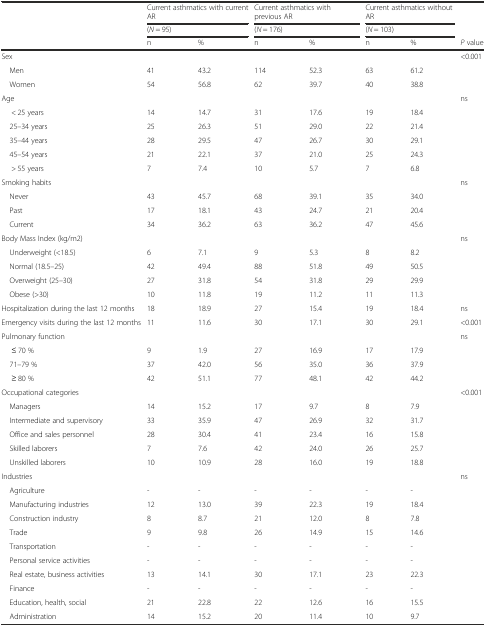
<table><thead><tr><td rowspan="2"></td><td colspan="2"><b>Current asthmatics with current AR</b></td><td colspan="2"><b>Current asthmatics with previous AR</b></td><td colspan="2"><b>Current asthmatics without AR</b></td><td rowspan="2"></td></tr><tr><td colspan="2"><b>(<i>N</i> = 95)</b></td><td colspan="2"><b>(<i>N</i> = 176)</b></td><td colspan="2"><b>(<i>N</i> = 103)</b></td></tr><tr><td></td><td><b>n</b></td><td><b>%</b></td><td><b>n</b></td><td><b>%</b></td><td><b>n</b></td><td><b>%</b></td><td><b><i>P</i> value</b></td></tr></thead><tbody><tr><td>Sex</td><td></td><td></td><td></td><td></td><td></td><td></td><td>&lt;0.001</td></tr><tr><td> Men</td><td>41</td><td>43.2</td><td>114</td><td>52.3</td><td>63</td><td>61.2</td><td></td></tr><tr><td> Women</td><td>54</td><td>56.8</td><td>62</td><td>39.7</td><td>40</td><td>38.8</td><td></td></tr><tr><td>Age</td><td></td><td></td><td></td><td></td><td></td><td></td><td>ns</td></tr><tr><td>&lt; 25 years</td><td>14</td><td>14.7</td><td>31</td><td>17.6</td><td>19</td><td>18.4</td><td></td></tr><tr><td> 25–34 years</td><td>25</td><td>26.3</td><td>51</td><td>29.0</td><td>22</td><td>21.4</td><td></td></tr><tr><td> 35–44 years</td><td>28</td><td>29.5</td><td>47</td><td>26.7</td><td>30</td><td>29.1</td><td></td></tr><tr><td> 45–54 years</td><td>21</td><td>22.1</td><td>37</td><td>21.0</td><td>25</td><td>24.3</td><td></td></tr><tr><td>&gt; 55 years</td><td>7</td><td>7.4</td><td>10</td><td>5.7</td><td>7</td><td>6.8</td><td></td></tr><tr><td>Smoking habits</td><td></td><td></td><td></td><td></td><td></td><td></td><td>ns</td></tr><tr><td> Never</td><td>43</td><td>45.7</td><td>68</td><td>39.1</td><td>35</td><td>34.0</td><td></td></tr><tr><td> Past</td><td>17</td><td>18.1</td><td>43</td><td>24.7</td><td>21</td><td>20.4</td><td></td></tr><tr><td> Current</td><td>34</td><td>36.2</td><td>63</td><td>36.2</td><td>47</td><td>45.6</td><td></td></tr><tr><td>Body Mass Index (kg/m2)</td><td></td><td></td><td></td><td></td><td></td><td></td><td>ns</td></tr><tr><td> Underweight (&lt;18.5)</td><td>6</td><td>7.1</td><td>9</td><td>5.3</td><td>8</td><td>8.2</td><td></td></tr><tr><td> Normal (18.5–25)</td><td>42</td><td>49.4</td><td>88</td><td>51.8</td><td>49</td><td>50.5</td><td></td></tr><tr><td> Overweight (25–30)</td><td>27</td><td>31.8</td><td>54</td><td>31.8</td><td>29</td><td>29.9</td><td></td></tr><tr><td> Obese (&gt;30)</td><td>10</td><td>11.8</td><td>19</td><td>11.2</td><td>11</td><td>11.3</td><td></td></tr><tr><td>Hospitalization during the last 12 months</td><td>18</td><td>18.9</td><td>27</td><td>15.4</td><td>19</td><td>18.4</td><td>ns</td></tr><tr><td>Emergency visits during the last 12 months</td><td>11</td><td>11.6</td><td>30</td><td>17.1</td><td>30</td><td>29.1</td><td>&lt;0.001</td></tr><tr><td>Pulmonary function</td><td></td><td></td><td></td><td></td><td></td><td></td><td>ns</td></tr><tr><td>≤ 70 %</td><td>9</td><td>1.9</td><td>27</td><td>16.9</td><td>17</td><td>17.9</td><td></td></tr><tr><td> 71–79 %</td><td>37</td><td>42.0</td><td>56</td><td>35.0</td><td>36</td><td>37.9</td><td></td></tr><tr><td>≥ 80 %</td><td>42</td><td>51.1</td><td>77</td><td>48.1</td><td>42</td><td>44.2</td><td></td></tr><tr><td>Occupational categories</td><td></td><td></td><td></td><td></td><td></td><td></td><td>&lt;0.001</td></tr><tr><td> Managers</td><td>14</td><td>15.2</td><td>17</td><td>9.7</td><td>8</td><td>7.9</td><td></td></tr><tr><td> Intermediate and supervisory</td><td>33</td><td>35.9</td><td>47</td><td>26.9</td><td>32</td><td>31.7</td><td></td></tr><tr><td> Office and sales personnel</td><td>28</td><td>30.4</td><td>41</td><td>23.4</td><td>16</td><td>15.8</td><td></td></tr><tr><td> Skilled laborers</td><td>7</td><td>7.6</td><td>42</td><td>24.0</td><td>26</td><td>25.7</td><td></td></tr><tr><td> Unskilled laborers</td><td>10</td><td>10.9</td><td>28</td><td>16.0</td><td>19</td><td>18.8</td><td></td></tr><tr><td>Industries</td><td></td><td></td><td></td><td></td><td></td><td></td><td>ns</td></tr><tr><td> Agriculture</td><td>-</td><td>-</td><td>-</td><td>-</td><td>-</td><td>-</td><td></td></tr><tr><td> Manufacturing industries</td><td>12</td><td>13.0</td><td>39</td><td>22.3</td><td>19</td><td>18.4</td><td></td></tr><tr><td> Construction industry</td><td>8</td><td>8.7</td><td>21</td><td>12.0</td><td>8</td><td>7.8</td><td></td></tr><tr><td> Trade</td><td>9</td><td>9.8</td><td>26</td><td>14.9</td><td>15</td><td>14.6</td><td></td></tr><tr><td> Transportation</td><td>-</td><td>-</td><td>-</td><td>-</td><td>-</td><td>-</td><td></td></tr><tr><td> Personal service activities</td><td>-</td><td>-</td><td>-</td><td>-</td><td>-</td><td>-</td><td></td></tr><tr><td> Real estate, business activities</td><td>13</td><td>14.1</td><td>30</td><td>17.1</td><td>23</td><td>22.3</td><td></td></tr><tr><td> Finance</td><td>-</td><td>-</td><td>-</td><td>-</td><td>-</td><td>-</td><td></td></tr><tr><td> Education, health, social</td><td>21</td><td>22.8</td><td>22</td><td>12.6</td><td>16</td><td>15.5</td><td></td></tr><tr><td> Administration</td><td>14</td><td>15.2</td><td>20</td><td>11.4</td><td>10</td><td>9.7</td><td></td></tr></tbody></table>